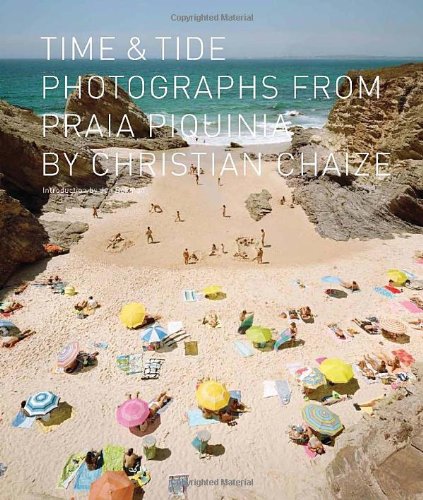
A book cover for Time and Tide: Photographs from Praia Piquinia; Arts & Photography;